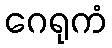
ဂေရုကံ